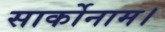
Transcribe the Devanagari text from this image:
सार्कोनाम।